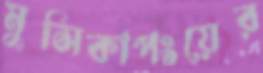
মুসিকাপংয়ের